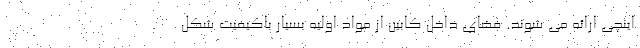
اینچی ارائه می شوند. فضای داخل کابین از مواد اولیه بسیار باکیفیت شکل